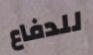
للدفاع